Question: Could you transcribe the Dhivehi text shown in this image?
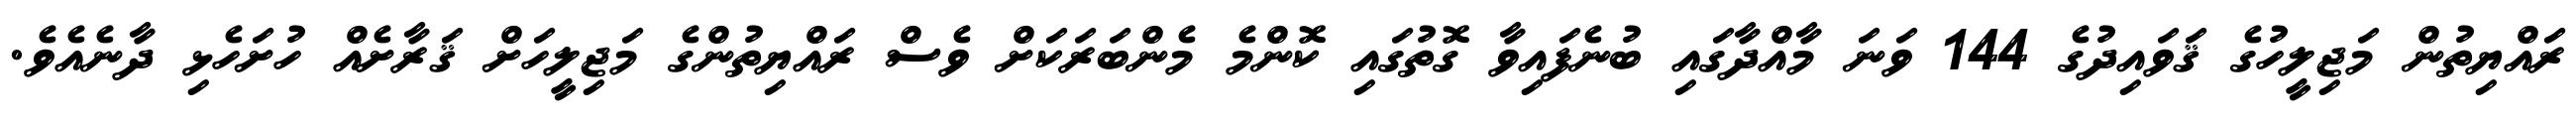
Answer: ރައްޔިތުން މަޖިލީހުގެ ޤަވައިދުގެ 144 ވަނަ މާއްދާގައި ބުނެފައިވާ ގޮތުގައި ކޮންމެ މެންބަރަކަށް ވެސް ރައްޔިތުންގެ މަޖިލީހަށް ޤަރާށެއް ހުށަހެޅި ދާނެއެވެ.